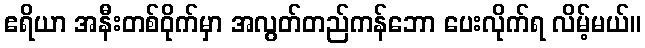
ဧရိယာ အနီးတစ်ဝိုက်မှာ အလွတ်တည်ကန်ဘော ပေးလိုက်ရ လိမ့်မယ်။